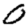
Digit: 0